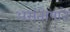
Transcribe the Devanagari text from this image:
असंतोषाने